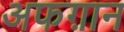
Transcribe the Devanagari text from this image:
अफग़ान